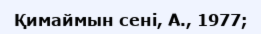
Қимаймын сені, А., 1977;